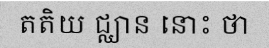
តតិយ ជ្ឈាន នោះ ថា